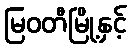
မြဝတီမြို့နှင့်